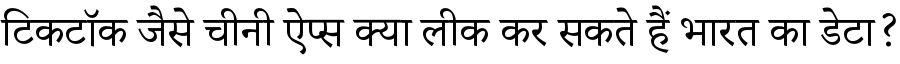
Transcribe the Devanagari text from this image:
टिकटॉक जैसे चीनी ऐप्स क्या लीक कर सकते हैं भारत का डेटा?